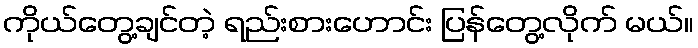
ကိုယ်တွေ့ချင်တဲ့ ရည်းစားဟောင်း ပြန်တွေ့လိုက် မယ်။